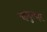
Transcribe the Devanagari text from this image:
बहादुरशहर